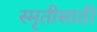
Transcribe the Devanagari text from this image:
स्मृतीसाठी